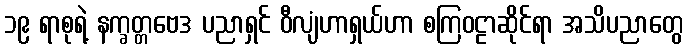
၁၉ ရာစုရဲ့ နက္ခတ္တဗေဒ ပညာရှင် ဝီလျံဟာရှယ်ဟာ စကြဝဠာဆိုင်ရာ အသိပညာတွေ